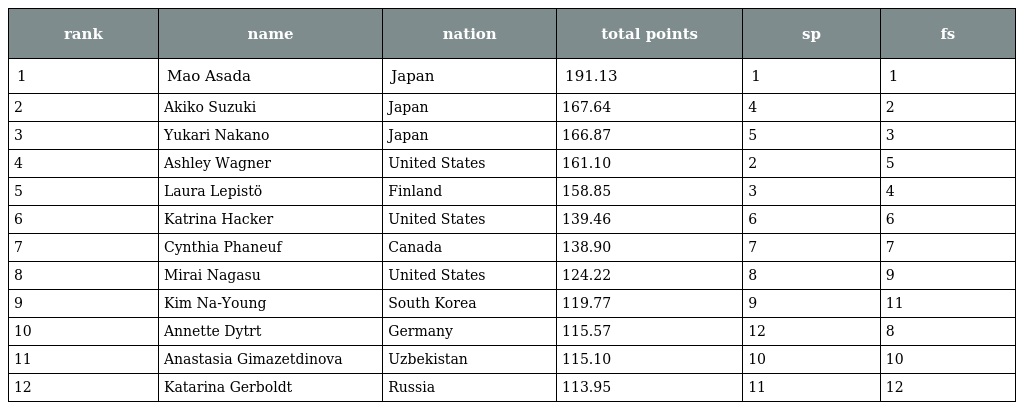
| rank | name | nation | total points | sp | fs |
 | --- | --- | --- | --- | --- | --- |
 | 1 | Mao Asada | Japan | 191.13 | 1 | 1 |
 | 2 | Akiko Suzuki | Japan | 167.64 | 4 | 2 |
 | 3 | Yukari Nakano | Japan | 166.87 | 5 | 3 |
 | 4 | Ashley Wagner | United States | 161.10 | 2 | 5 |
 | 5 | Laura Lepistö | Finland | 158.85 | 3 | 4 |
 | 6 | Katrina Hacker | United States | 139.46 | 6 | 6 |
 | 7 | Cynthia Phaneuf | Canada | 138.90 | 7 | 7 |
 | 8 | Mirai Nagasu | United States | 124.22 | 8 | 9 |
 | 9 | Kim Na-Young | South Korea | 119.77 | 9 | 11 |
 | 10 | Annette Dytrt | Germany | 115.57 | 12 | 8 |
 | 11 | Anastasia Gimazetdinova | Uzbekistan | 115.10 | 10 | 10 |
 | 12 | Katarina Gerboldt | Russia | 113.95 | 11 | 12 |